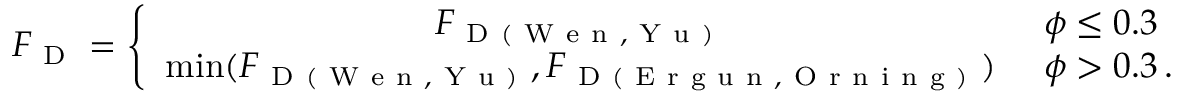
{ F _ { \mathrm { ~ D ~ } } } = \left\{ \begin{array} { c l } { { F _ { \mathrm { ~ D ~ ( ~ W ~ e ~ n ~ , ~ Y ~ u ~ ) ~ } } } } & { \ \phi \leq 0 . 3 } \\ { \operatorname* { m i n } ( { F _ { \mathrm { ~ D ~ ( ~ W ~ e ~ n ~ , ~ Y ~ u ~ ) ~ } } } , { F _ { \mathrm { ~ D ~ ( ~ E ~ r ~ g ~ u ~ n ~ , ~ O ~ r ~ n ~ i ~ n ~ g ~ ) ~ } } } ) } & { \ \phi > 0 . 3 \, . } \end{array} \right.